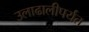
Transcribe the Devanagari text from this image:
उलाढालीपर्यंत